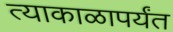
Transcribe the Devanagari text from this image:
त्याकाळापर्यंत